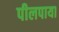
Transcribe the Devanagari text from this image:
पीलपाया